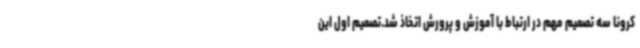
کرونا سه تصمیم مهم در ارتباط با آموزش و پرورش اتخاذ شد.تصمیم اول این